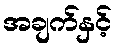
အချက်နှင့်